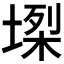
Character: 𡏫